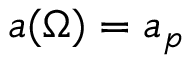
a ( \Omega ) = a _ { p }